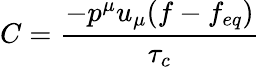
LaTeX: C={\frac{-{p^{\mu}u_{\mu}(f-f_{eq})}}{\tau_{c}}}